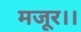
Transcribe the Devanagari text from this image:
मजूर।।